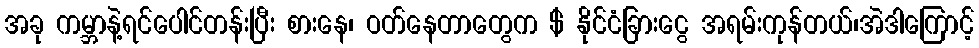
အခု ကမ္ဘာနဲ့ရင်ပေါင်တန်းပြီး စားနေ၊ ဝတ်နေတာတွေက $ နိုင်ငံခြားငွေ အရမ်းကုန်တယ်၊အဲဒါကြောင့်